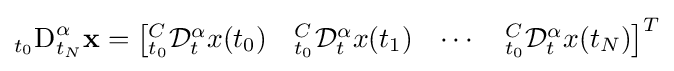
_{t_{0}}{\text{D}}_{t_{N}}^{\alpha }\mathbf {x} ={\begin{bmatrix}{}_{t_{0}}^{C}{\mathcal {D}}_{t}^{\alpha }x(t_{0})&{}_{t_{0}}^{C}{\mathcal {D}}_{t}^{\alpha }x(t_{1})&\cdots &{}_{t_{0}}^{C}{\mathcal {D}}_{t}^{\alpha }x(t_{N})\end{bmatrix}}^{T}